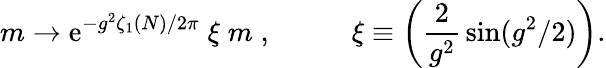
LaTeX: m\rightarrow\mathrm{e}^{-g^{2}\zeta_{1}(N)/2\pi}\; \xi\; m\; ,\; \; \; \; \; \; \; \; \; \; \xi\equiv\left(\frac{2}{{g^{2}}}\, \sin(g^{2}/2)\right).